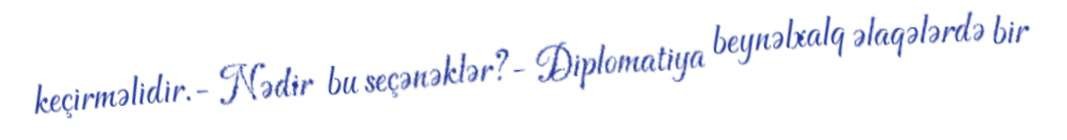
keçirməlidir.- Nədir bu seçənəklər?- Diplomatiya beynəlxalq əlaqələrdə bir